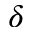
\delta